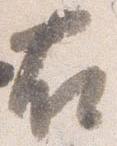
右